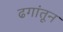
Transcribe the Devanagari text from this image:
ढगांतून